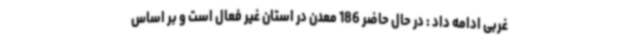
غربی ادامه داد : در حال حاضر 186 معدن در استان غیر فعال است و بر اساس